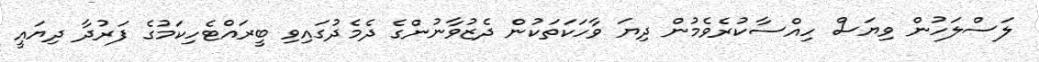
ލަސްލަހުން ވިޔަސް ހިއްސާކުރެވެމުން ދިޔަ ވާހަކަތަކުން ދެޒުވާނުންގެ ދެމެދުގައިވި ބީރައްޓެހިކަމުގެ ފަރުދާ ދިޔައީ